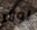
لورن